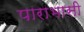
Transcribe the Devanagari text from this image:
पाराभासी